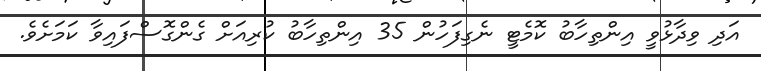
އަދި ވިދާޅުވީ އިންތިހާބު ކޮމެޓީ ނެގިފަހުން 35 އިންތިހާބު ކުރިއަށް ގެންގޮސްފައިވާ ކަމަށެވެ.